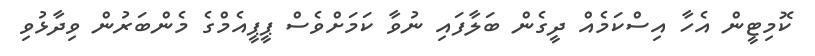
ކޮމިޓީން އެހާ އިސްކަމެއް ދީގެން ބަލާފައި ނުވާ ކަމަށްވެސް ޕީޕީއެމްގެ މެންބަރުން ވިދާޅުވި